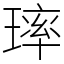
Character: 㻭